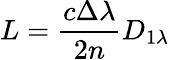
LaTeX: L=\frac{c\Delta\lambda}{2n}D_{1\lambda}